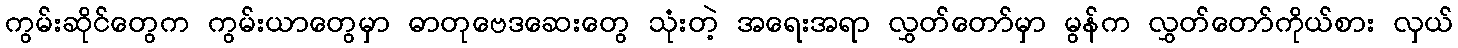
ကွမ်းဆိုင်တွေက ကွမ်းယာတွေမှာ ဓာတုဗေဒဆေးတွေ သုံးတဲ့ အရေးအရာ လွှတ်တော်မှာ မွန်က လွှတ်တော်ကိုယ်စား လှယ်